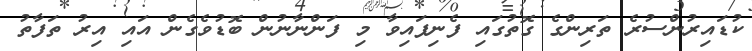
ކުޑައިރުންސުރެ ތަރިންގެ ގޮތުގައި ފެނިފައިވާ މި ފަންނާނުން ބޮޑުވެގެން އައި އިރު ތަފާތު